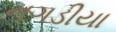
નગડીયા